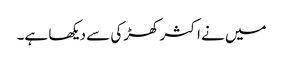
میں نے اکثر کھڑکی سے دیکھا ہے۔